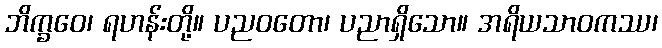
ဘိက္ခဝေ၊ ရဟန်းတို့။ ပညဝတော၊ ပညာရှိသော။ အရိယသာဝကဿ၊